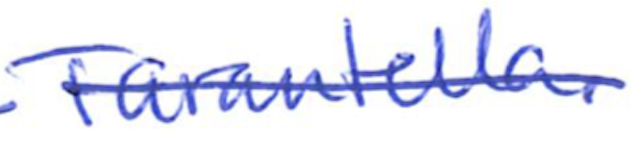
Text: Tarantella.
Cross-out: single-line
Writing tool: ballpoint